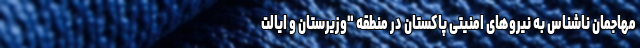
مهاجمان ناشناس به نیروهای امنیتی پاکستان در منطقه "وزیرستان و ایالت